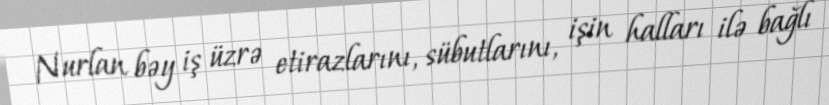
Nurlan bəy iş üzrə etirazlarını, sübutlarını, işin halları ilə bağlı